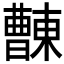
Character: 𣍖